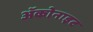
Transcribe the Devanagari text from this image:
ॲकोनाइट